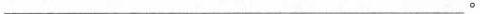
___。